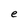
Character: e